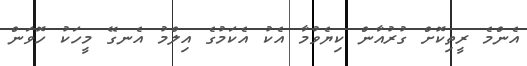
އެންމެ ރީތިކޮށް ގުރުއާން ކިޔެވުމާ އެކު އެކަމުގެ އިލްމު އެނގޭ މީހަކު ހޮވަން